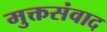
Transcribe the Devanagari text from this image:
मुक्तसंवाद